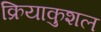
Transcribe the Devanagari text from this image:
क्रियाकुशल